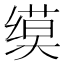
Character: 𫄲